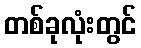
တစ်ခုလုံးတွင်